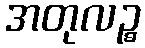
အတုလဉ္စ